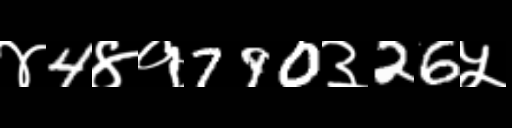
Text: ४4४१790३26५